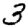
Digit: 3